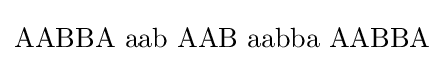
\mathrm {AABBA\,\,aab\,\,AAB\,\,aabba\,\,AABBA}